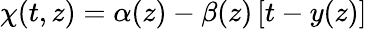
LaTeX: \chi(t,z)=\alpha(z)-\beta(z)\left[t-y(z)\right]